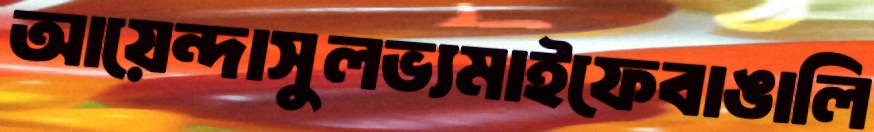
আয়েন্দাসুলভ্যমাইফেবাঙালি